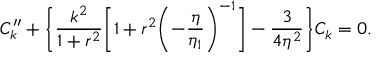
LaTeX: { \cal C } _ { k } ^ { \prime \prime } + \biggl \{ \frac { k ^ { 2 } } { 1 + r ^ { 2 } } \biggl [ 1 + r ^ { 2 } \biggl ( - \frac { \eta } { \eta _ { 1 } } \biggr ) ^ { - 1 } \biggr ] - \frac { 3 } { 4 \eta ^ { 2 } } \biggr \} { \cal C } _ { k } = 0 .